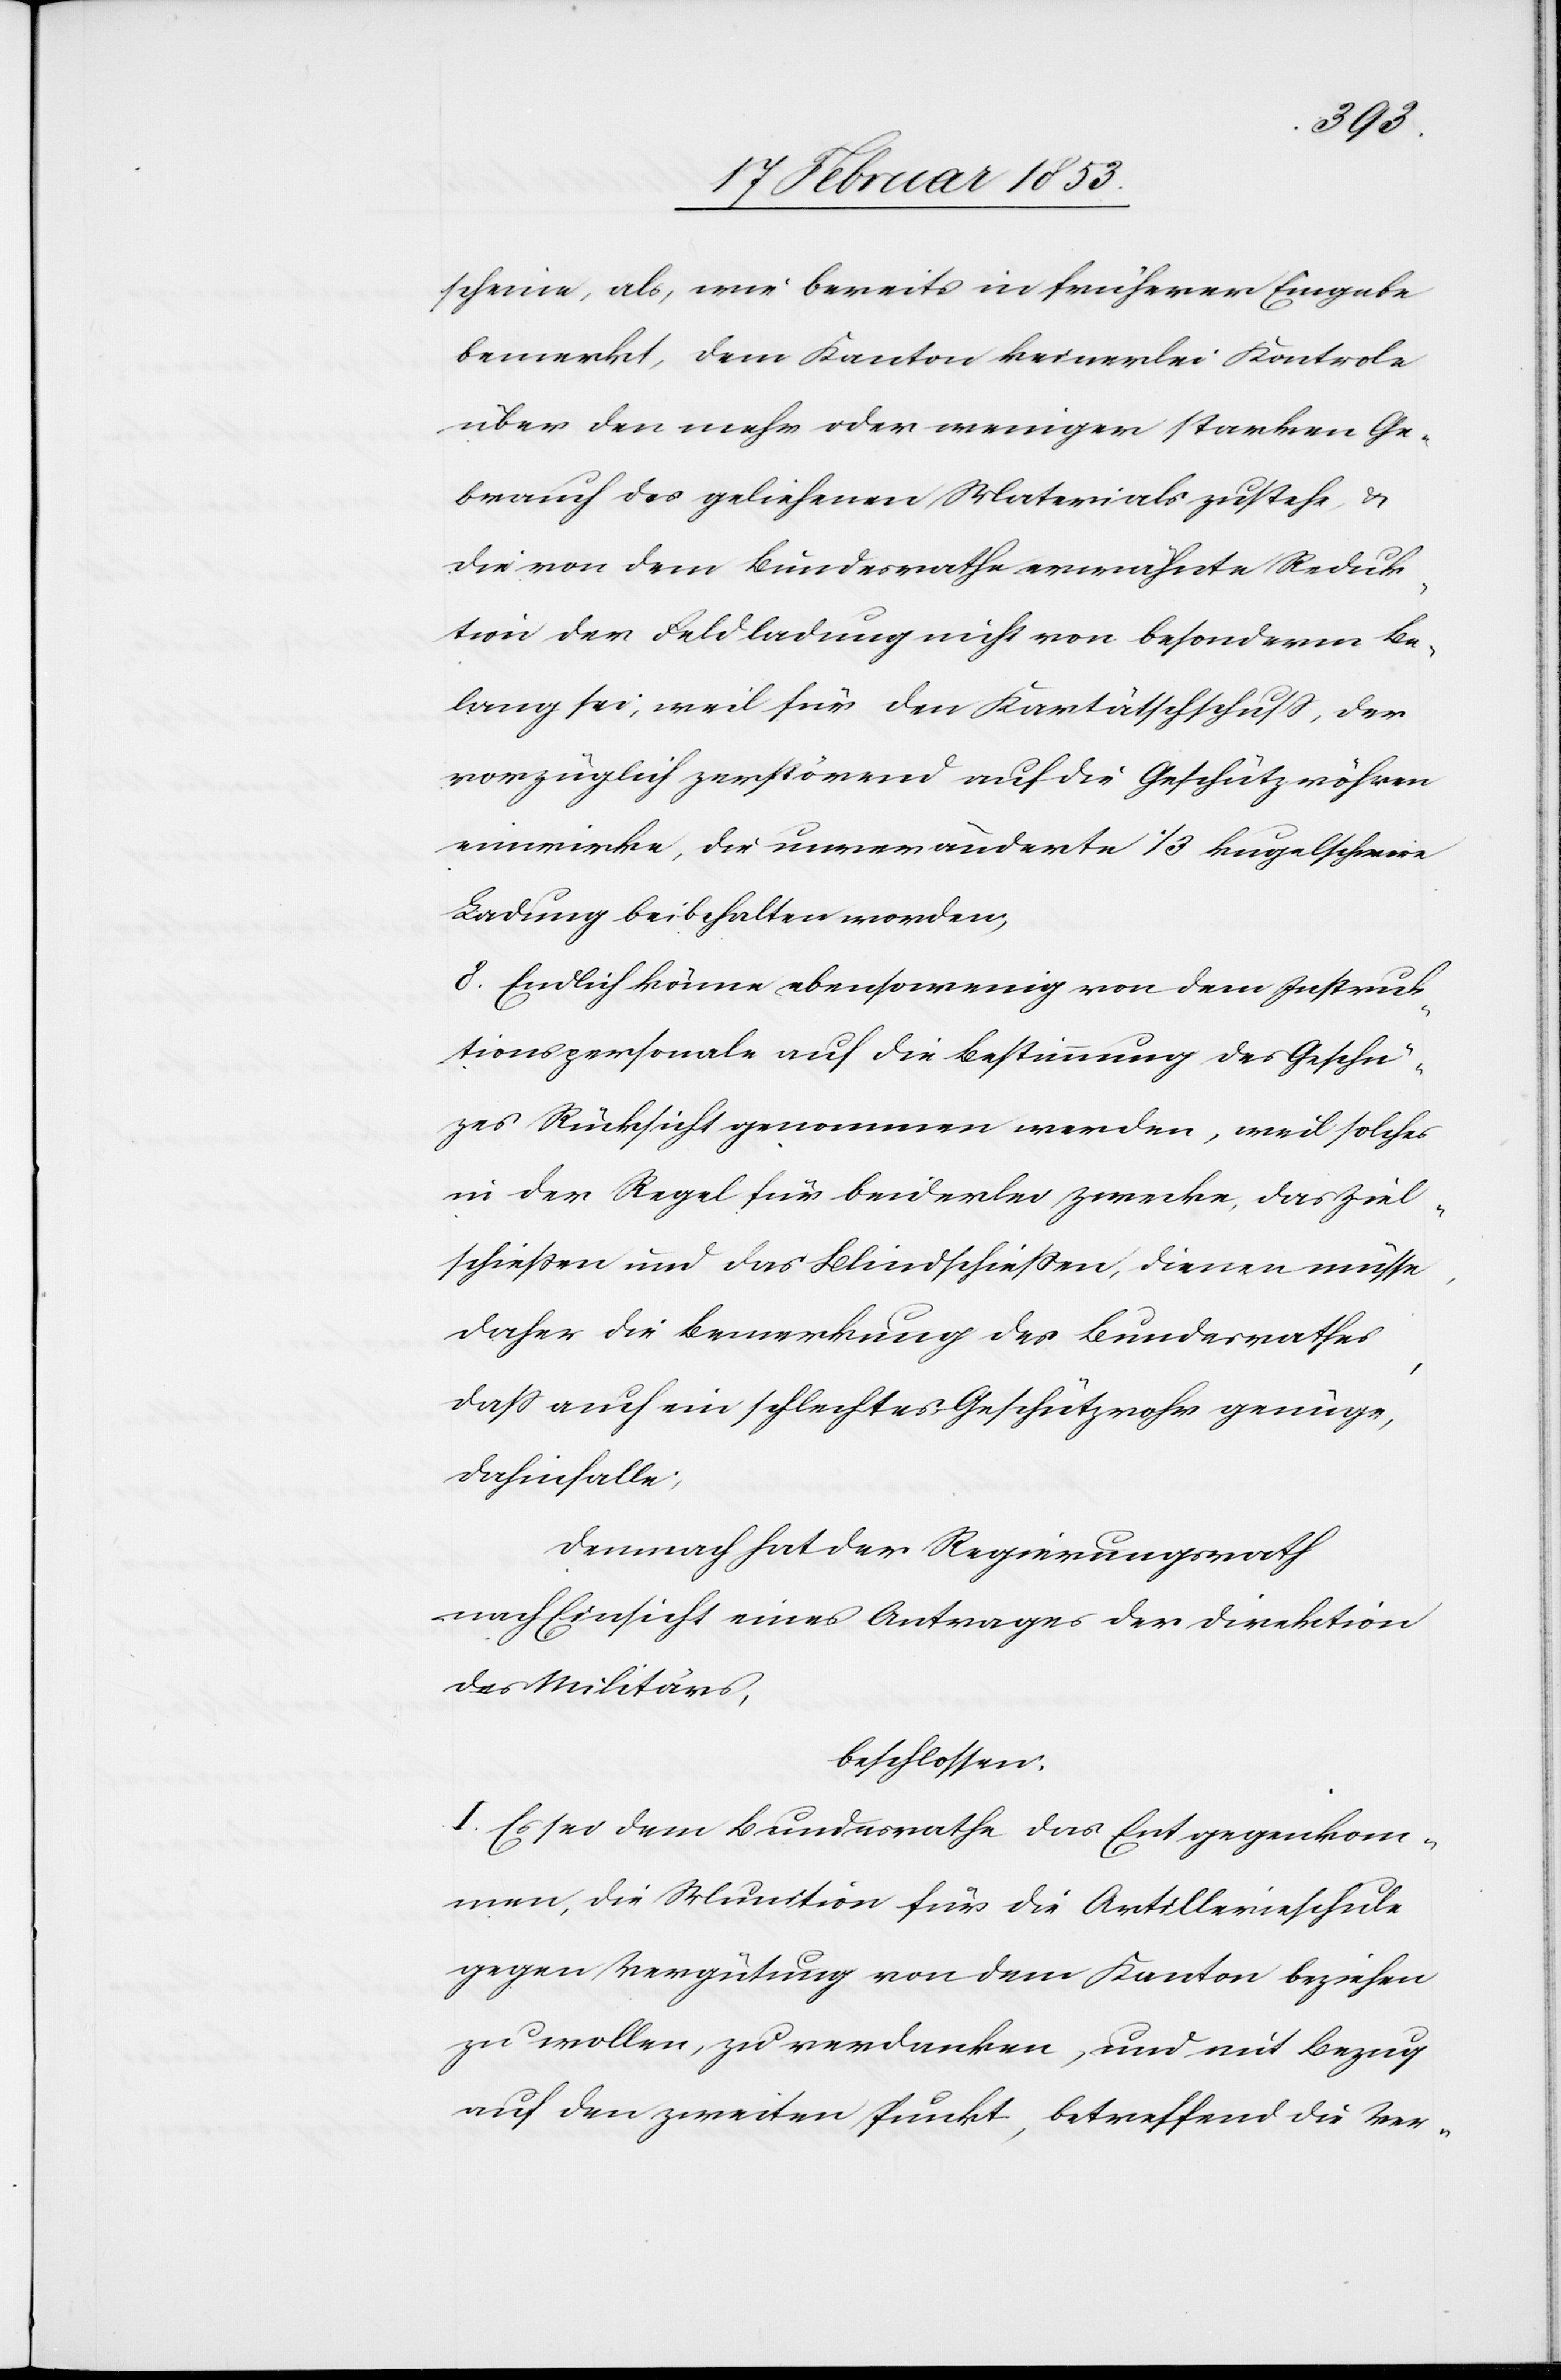
scheine, als, wie bereits in früherer Eingabe
bemerkt, dem Kanton keinerlei Kontrole
über den mehr oder weniger starken Ge¬
brauch des geliehenen Materials zustehe, u.
die von dem Bundesrathe erwähnte Reduk¬
tion der Feldladung nicht von besonderm Be¬
trag sei, weil für den Kartätschschuß [sic!], der
vorzüglich zerstörend auf die Geschützröhren
einwirke, die unveränderte 1/3 kugelschwere
Ladung beibehalten worden,
8. Endlich könne, ebensowenig von dem Instruk¬
tionspersonale auf die Bestimmung des Geschüt¬
zes Rücksicht genommen werden, und solches
in der Regel für beiderlei Zwecke, das Ziel¬
schießen und das Blindschießen, dienen müsse,
daher die Bemerkung des Bundesrathes,
daß auch ein schlechtes Geschütz genüge,
dahinfalle,
Demnach hat der Regierungsrath
nach Einsicht eines Antrages der Direktion
des Militärs,
beschlossen:
I. Es sei dem Bundesrathe das Entgegenkom¬
men, die Munition für die Artillerieschule
gegen Vergütung von dem Kanton beziehen
zu wollen, zu verdanken, und mit Bezug
auf den zweiten Punkt, betreffend die Ver-